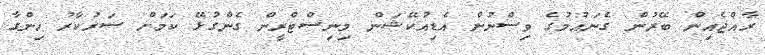
ރާއްޖެއިން ބޭރުން ގެނައުމުގެ ވިސްނުން އެޑިއުކޭޝަން މިނިސްޓްރީން ގެންގުޅޭ ކަމަށް ސަރުކާރު ހިންގާ